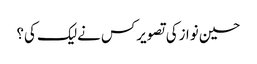
حسین نوازکی تصویرکس نےلیک کی؟